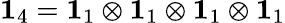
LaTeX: \mathbf{1}_{4}=\mathbf{1}_{1}\otimes\mathbf{1}_{1}\otimes\mathbf{1}_{1}\otimes\mathbf{1}_{1}